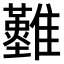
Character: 𩁘